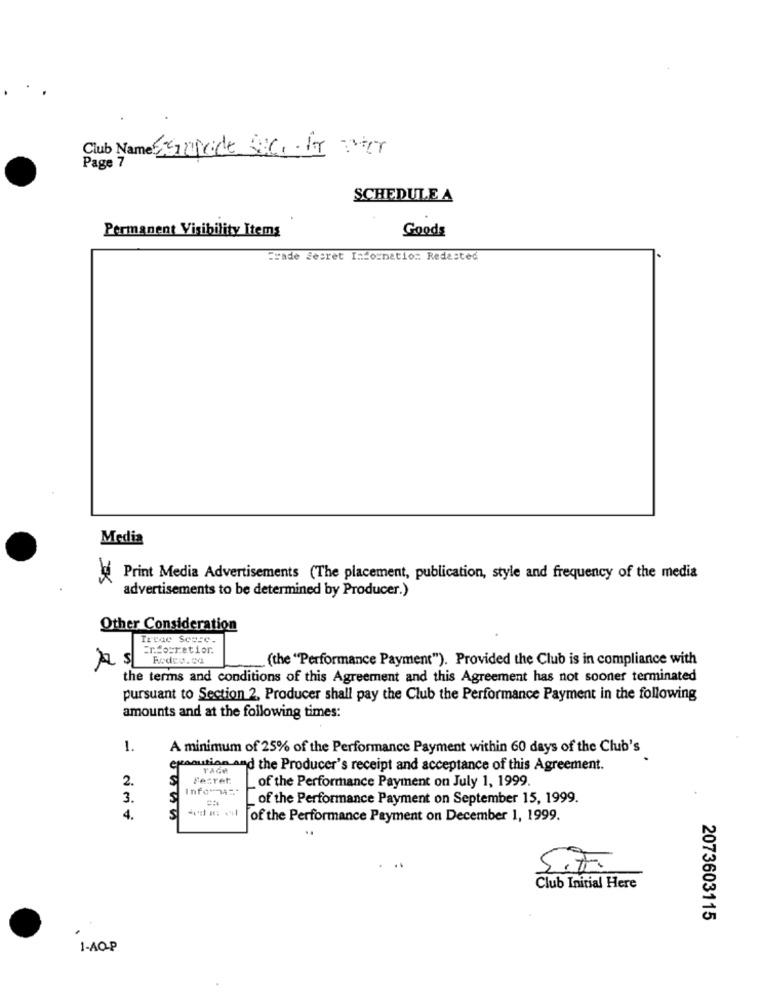
Club Name: Salade Suc. it ster
Page 7
SCHEDULE A
Permanent Visibility Items
Goods
=sade Secret I:tornatio .: Redasted
Media
Print Media Advertisements (The placement, publication, style and frequency of the media
advertisements to be determined by Producer.)
Other Consideration
Treae Score.
Erforratior.
A s
Rodeo.ca
(the "Performance Payment"). Provided the Club is in compliance with
the terms and conditions of this Agreement and this Agreement has not sooner terminated
pursuant to Section 2. Producer shall pay the Club the Performance Payment in the following
amounts and at the following times:
1.
A minimum of 25% of the Performance Payment within 60 days of the Club's
pooution and the Producer's receipt and acceptance of this Agreement.
TAGH
2.
Fetret
of the Performance Payment on July 1, 1999.
3.
of the Performance Payment on September 15, 1999.
4.
S
of the Performance Payment on December 1, 1999.
S.t.
Club Initial Here
2073603115
1-AQ-P